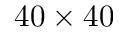
4 0 \times 4 0